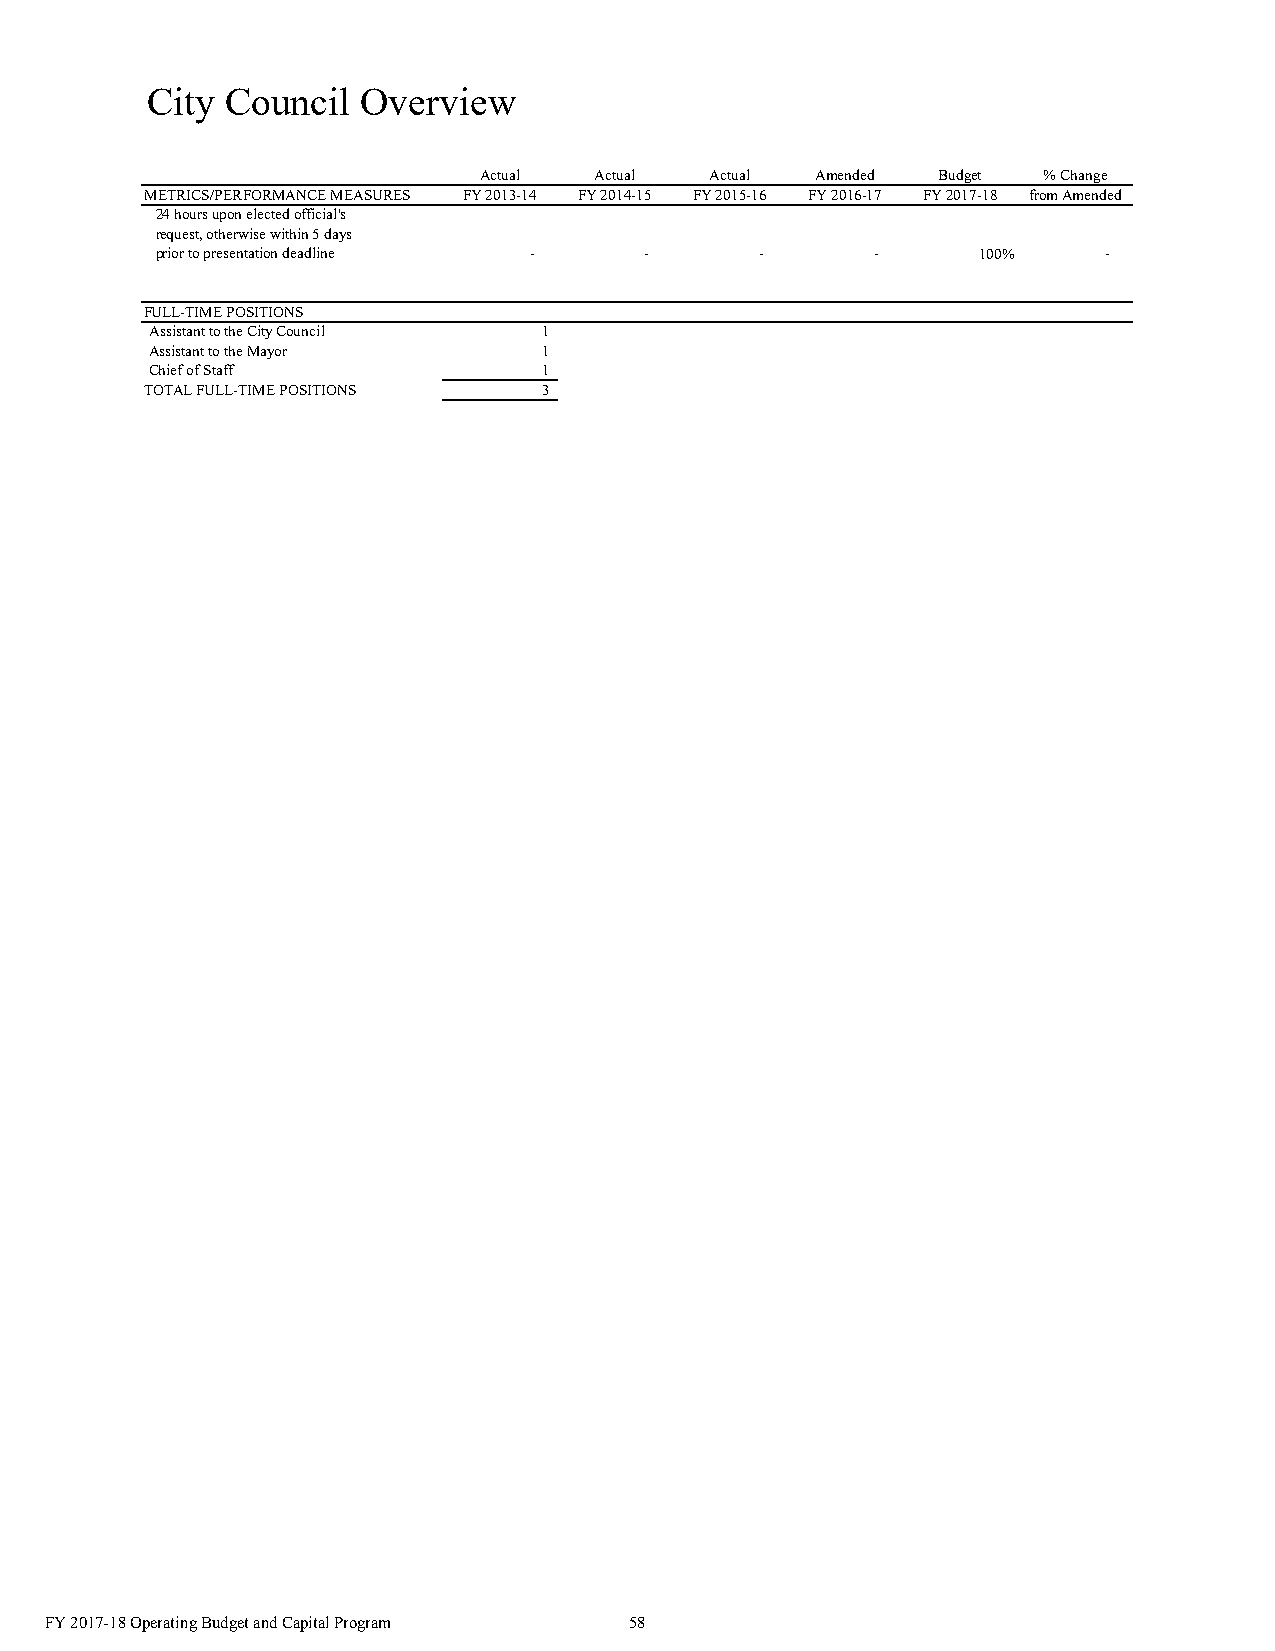
City Council  Overview
 Actual Actual  Actual Amended Budget % Change
 METRICS/PERFORMANCE MEASURES FY 2013-14 FY 2014-15 FY 2015-16 FY 2016-17 FY 2017-18 from Amended
 24 hours upon elected official's
 request, otherwise within 5 days
 prior to presentation deadline - -      -       -      100%    -
 FULL-TIME POSITIONS
 Assistant to the City Council 1
 Assistant to the Mayor    1
 Chief of Staff            1
 TOTAL FULL-TIME POSITIONS 3
 FY 2017-18 Operating Budget and Capital Program 58